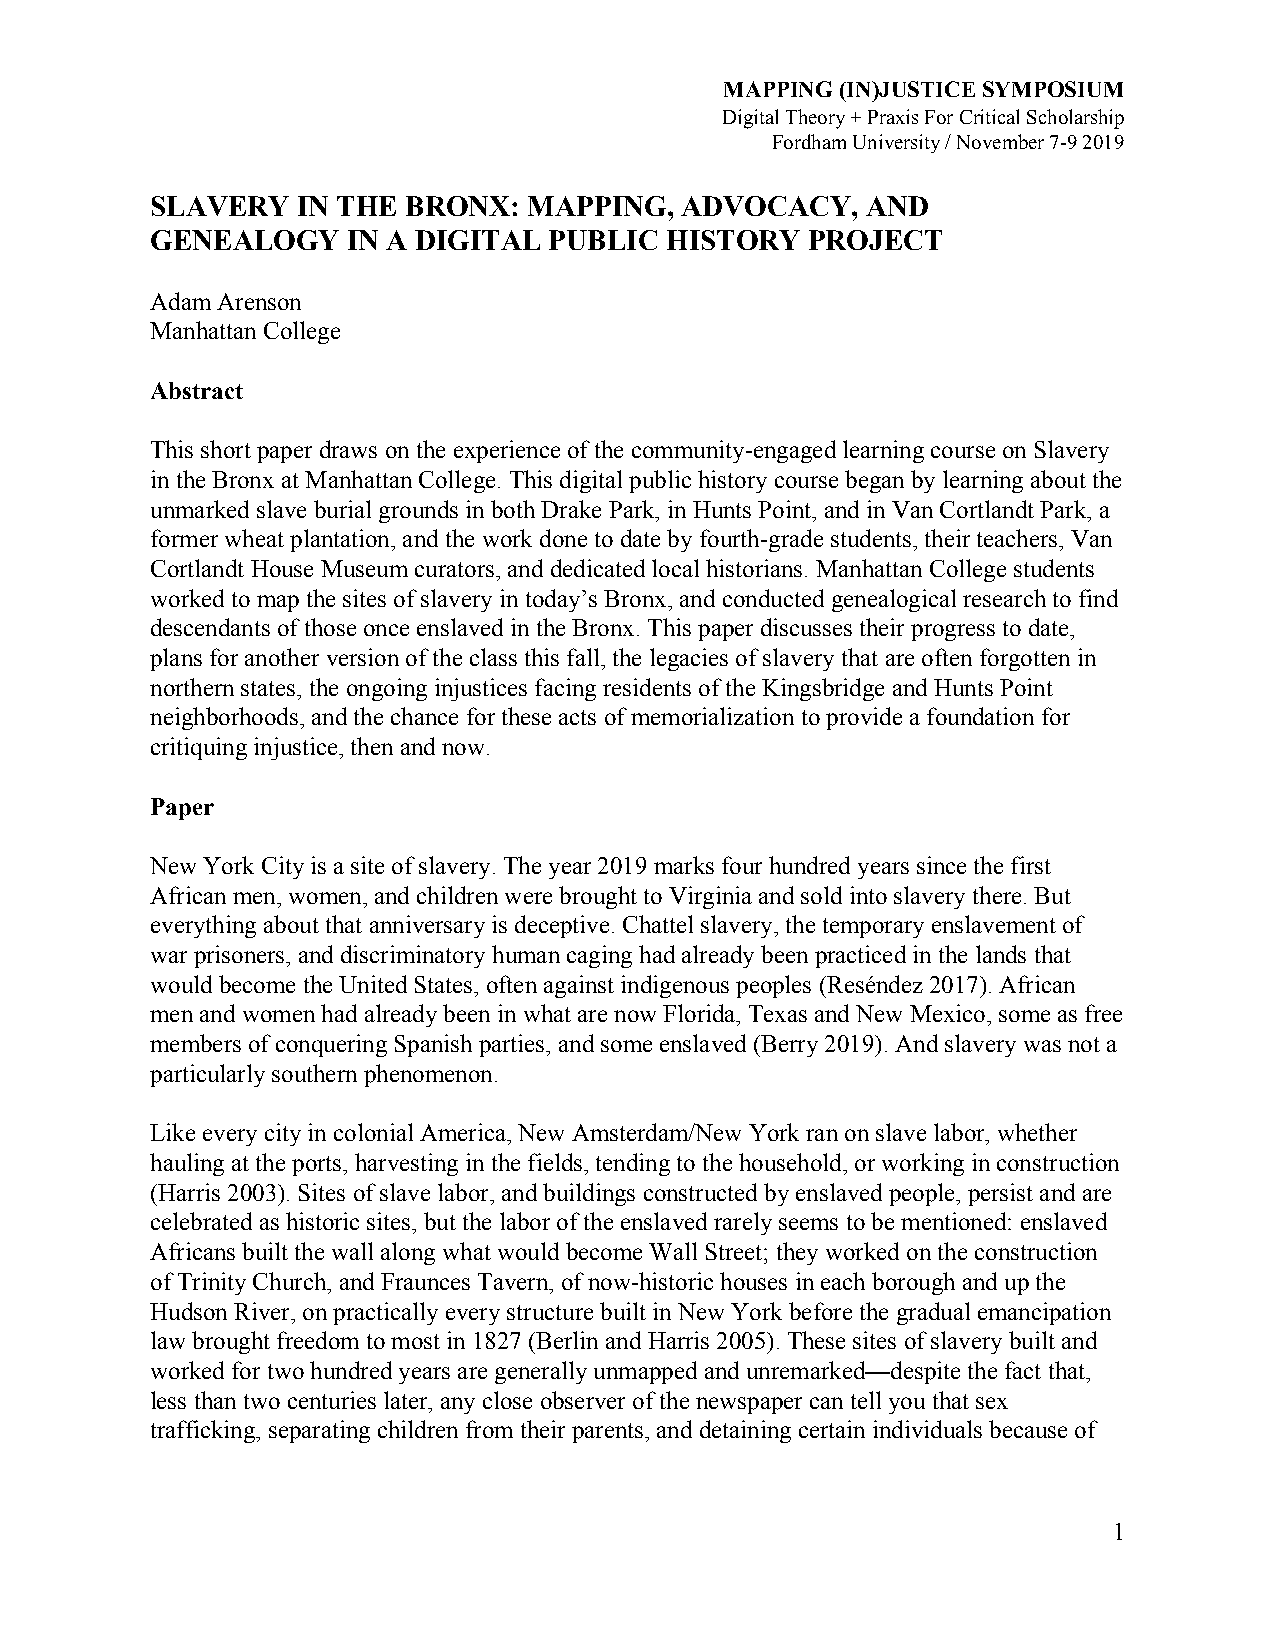
MAPPING (IN)JUSTICE SYMPOSIUM
 Digital Theory + Praxis For Critical Scholarship
 Fordham University / November 7-9 2019
 SLAVERY   IN THE BRONX:  MAPPING,  ADVOCACY,   AND
 GENEALOGY    IN A DIGITAL PUBLIC  HISTORY  PROJECT
 Adam Arenson
 Manhattan College
 Abstract
 This short paper draws on the experience of the community-engaged learning course on Slavery
 in the Bronx at Manhattan College. This digital public history course began by learning about the
 unmarked slave burial grounds in both Drake Park, in Hunts Point, and in Van Cortlandt Park, a
 former wheat plantation, and the work done to date by fourth-grade students, their teachers, Van
 Cortlandt House Museum curators, and dedicated local historians. Manhattan College students
 worked to map the sites of slavery in today’s Bronx, and conducted genealogical research to find
 descendants of those once enslaved in the Bronx. This paper discusses their progress to date,
 plans for another version of the class this fall, the legacies of slavery that are often forgotten in
 northern states, the ongoing injustices facing residents of the Kingsbridge and Hunts Point
 neighborhoods, and the chance for these acts of memorialization to provide a foundation for
 critiquing injustice, then and now.
 Paper
 New York City is a site of slavery. The year 2019 marks four hundred years since the first
 African men, women, and children were brought to Virginia and sold into slavery there. But
 everything about that anniversary is deceptive. Chattel slavery, the temporary enslavement of
 war prisoners, and discriminatory human caging had already been practiced in the lands that
 would become the United States, often against indigenous peoples (Reséndez 2017). African
 men and women had already been in what are now Florida, Texas and New Mexico, some as free
 members of conquering Spanish parties, and some enslaved (Berry 2019). And slavery was not a
 particularly southern phenomenon.
 Like every city in colonial America, New Amsterdam/New York ran on slave labor, whether
 hauling at the ports, harvesting in the fields, tending to the household, or working in construction
 (Harris 2003). Sites of slave labor, and buildings constructed by enslaved people, persist and are
 celebrated as historic sites, but the labor of the enslaved rarely seems to be mentioned: enslaved
 Africans built the wall along what would become Wall Street; they worked on the construction
 of Trinity Church, and Fraunces Tavern, of now-historic houses in each borough and up the
 Hudson River, on practically every structure built in New York before the gradual emancipation
 law brought freedom to most in 1827 (Berlin and Harris 2005). These sites of slavery built and
 worked for two hundred years are generally unmapped and unremarked—despite the fact that,
 less than two centuries later, any close observer of the newspaper can tell you that sex
 trafficking, separating children from their parents, and detaining certain individuals because of
 1